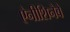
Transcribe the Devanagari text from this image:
ऐनीशिनैबे